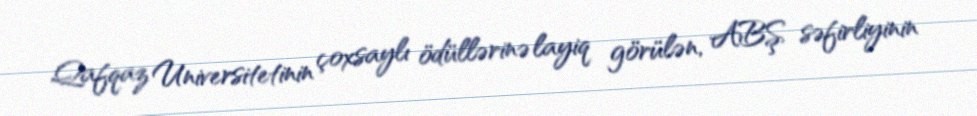
Qafqaz Universitetinin çoxsaylı ödüllərinə layiq görülən, ABŞ səfirliyinin